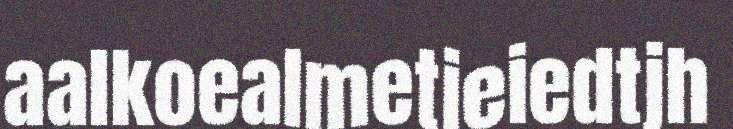
aalkoealmetjeiedtjh